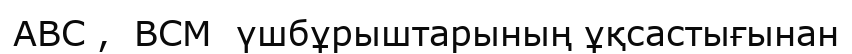
ABC ,  BCM  үшбұрыштарының ұқсастығынан